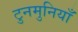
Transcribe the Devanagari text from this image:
टुनमुनियाँ